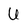
Character: U